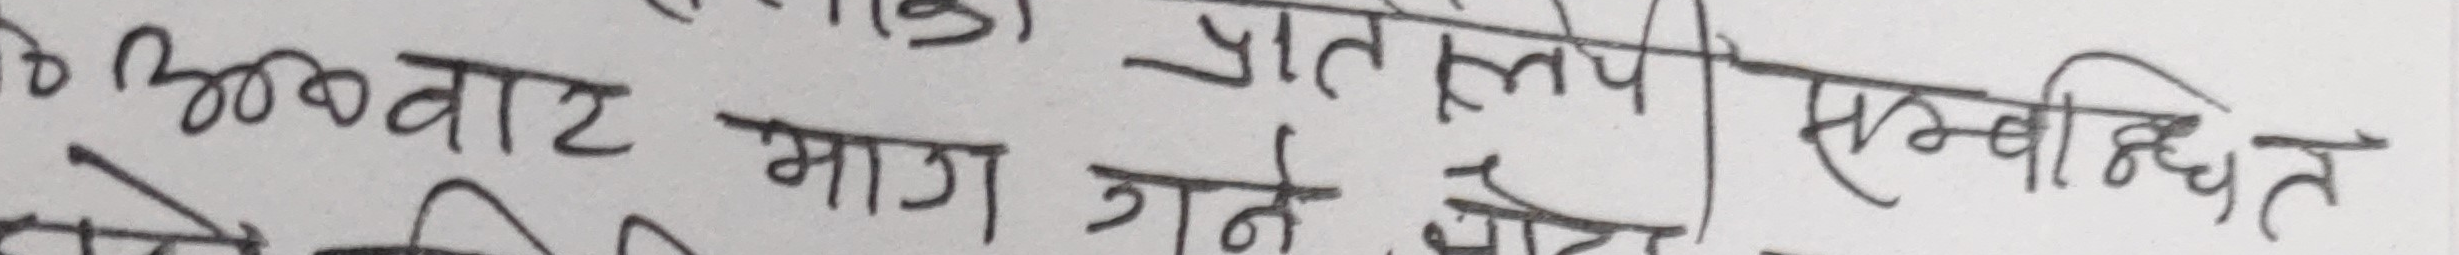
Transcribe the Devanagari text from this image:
अभिवार - माग गने छोट